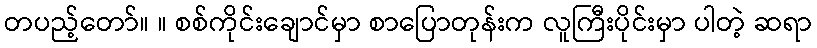
တပည့်တော်။ ။ စစ်ကိုင်းချောင်မှာ စာပြောတုန်းက လူကြီးပိုင်းမှာ ပါတဲ့ ဆရာ